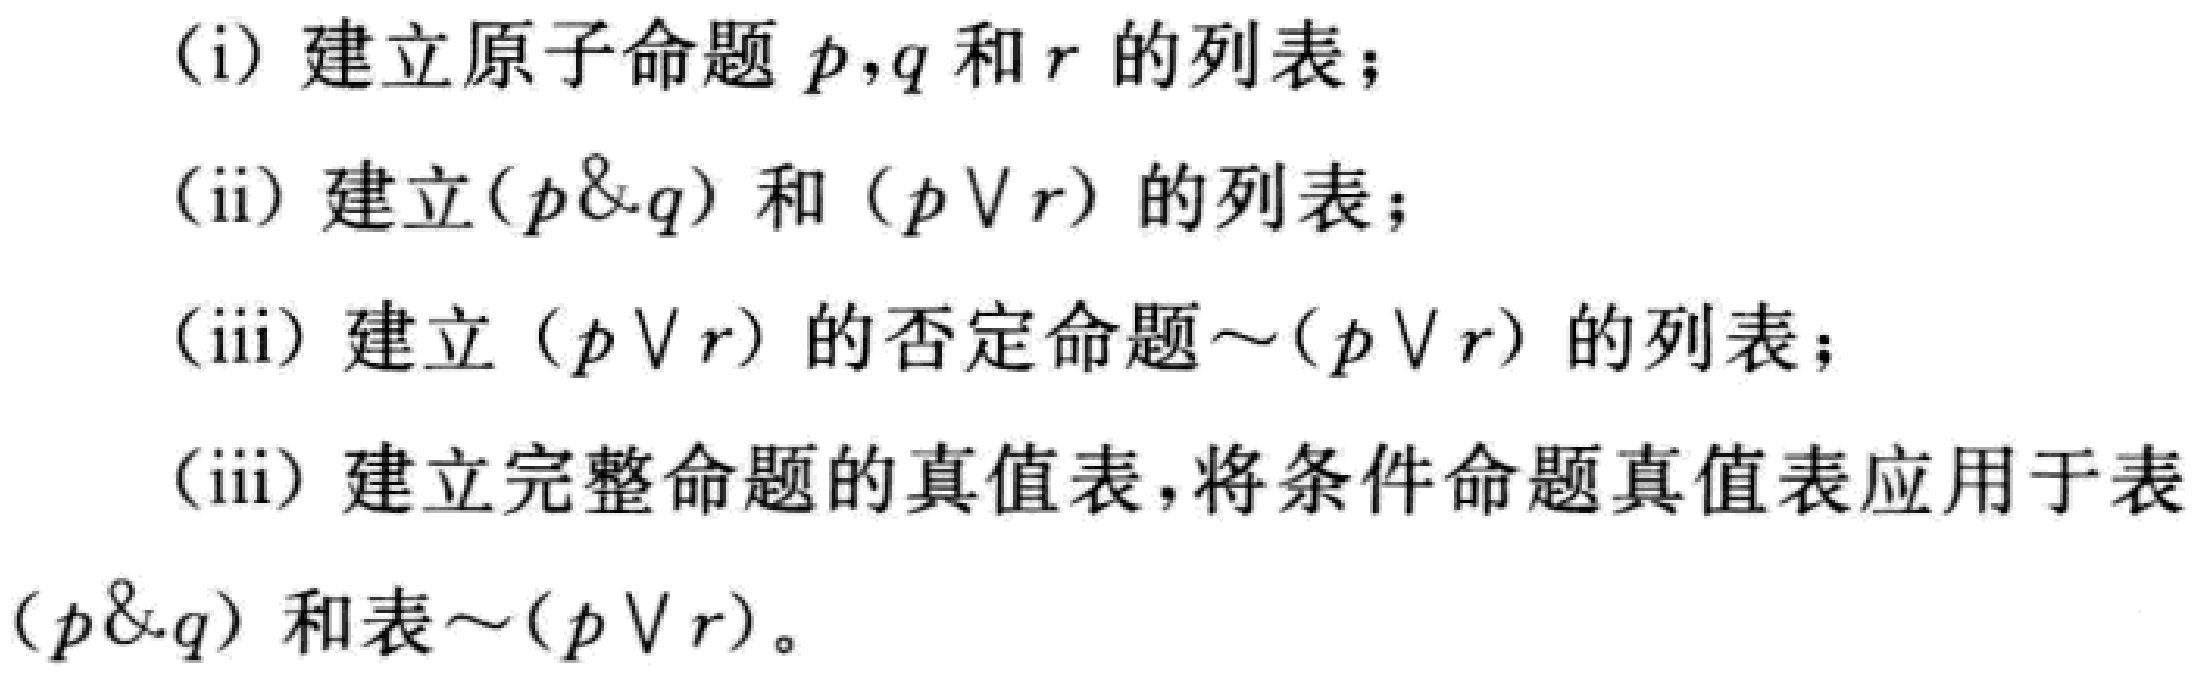
(i) 建立原子命题 \(p,q\) 和 \(r\) 的列表；
(ii) 建立\((p\&q)\) 和 \((p\vee r)\) 的列表；
(iii) 建立 \((p\vee r)\) 的否定命题\(\sim(p\vee r)\) 的列表；
(iii) 建立完整命题的真值表，将条件命题真值表应用于表\((p\&q)\) 和表\(\sim(p\vee r)\)。